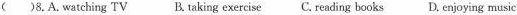
( )8.A. watching TV B.taking exercise C.reading books D. enjoying music